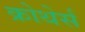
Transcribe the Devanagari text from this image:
क्रोथेर्स